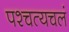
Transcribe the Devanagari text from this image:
पश्चत्यचलं